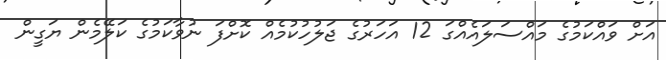
އަށް ވައްކަމުގެ މައްސަލައެއްގަ 12 އަހަރުގެ ޖަލުހުކުމެއް ކޮށްފަ ނުވާކަމުގެ ކަލޭމެން ޔަގީން